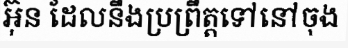
អ៊ុន ដែលនឹងប្រព្រឹត្តទៅនៅចុង